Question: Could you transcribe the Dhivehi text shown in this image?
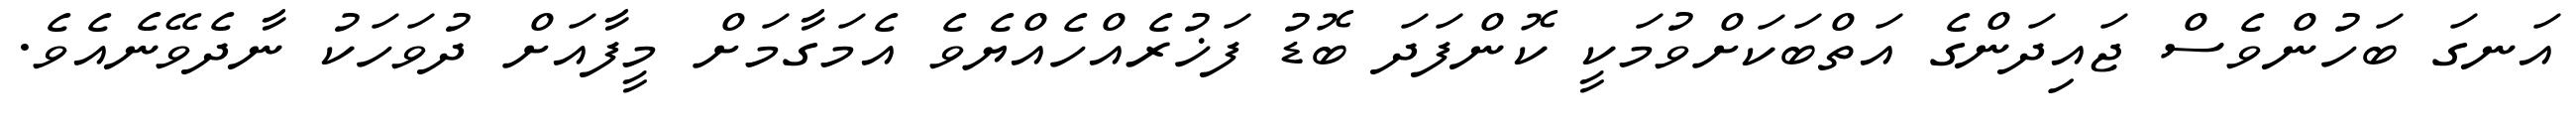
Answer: އަނގަ ބަހުންވެސް ޖައިދަންގެ އަތްބަކަށްވުމަކީ ކޮންފަދަ ބޮޑު ފަޚުރެއްހެއްޔެވެ އެމަގާމަށް މީފާއަށް ދުވަހަކު ނާދެވޭނެއެވެ.